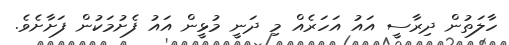
ހާލަތުން ދިރާސީ އައު އަހަރެއް މި ދަނީ މުޅީން އައު ފެށުމަކުން ފަށާށެވެ.